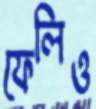
ফেলিও